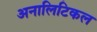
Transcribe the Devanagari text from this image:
अनालिटिकल